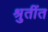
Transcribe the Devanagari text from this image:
श्रुतींत